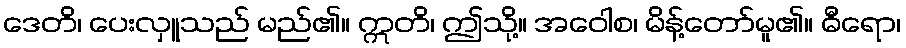
ဒေတိ၊ ပေးလှူသည် မည်၏။ ဣတိ၊ ဤသို့။ အဝေါစ၊ မိန့်တော်မူ၏။ ဓီရော၊